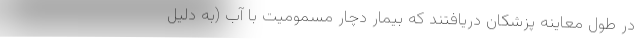
در طول معاینه پزشکان دریافتند که بیمار دچار مسمومیت با آب (به دلیل